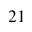
_ { 2 1 }